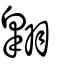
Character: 翱